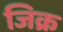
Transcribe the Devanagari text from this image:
जिक्र